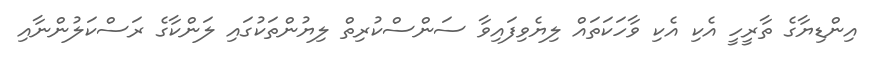
އިންޑިޔާގެ ތާރީހީ އެކި އެކި ވާހަކަތައް ލިޔެވިފައިވާ ސަންސްކުރިތް ލިޔުންތަކުގައި ލަންކާގެ ރަސްކަލުންނާއި